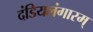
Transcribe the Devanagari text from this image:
दंडियलंगारम्